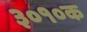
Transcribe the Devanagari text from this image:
३०१०क